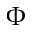
\Phi